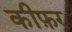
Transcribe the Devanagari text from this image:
कीफ़र